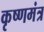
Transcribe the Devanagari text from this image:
कृष्णमंत्र